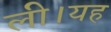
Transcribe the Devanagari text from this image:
ली।यह